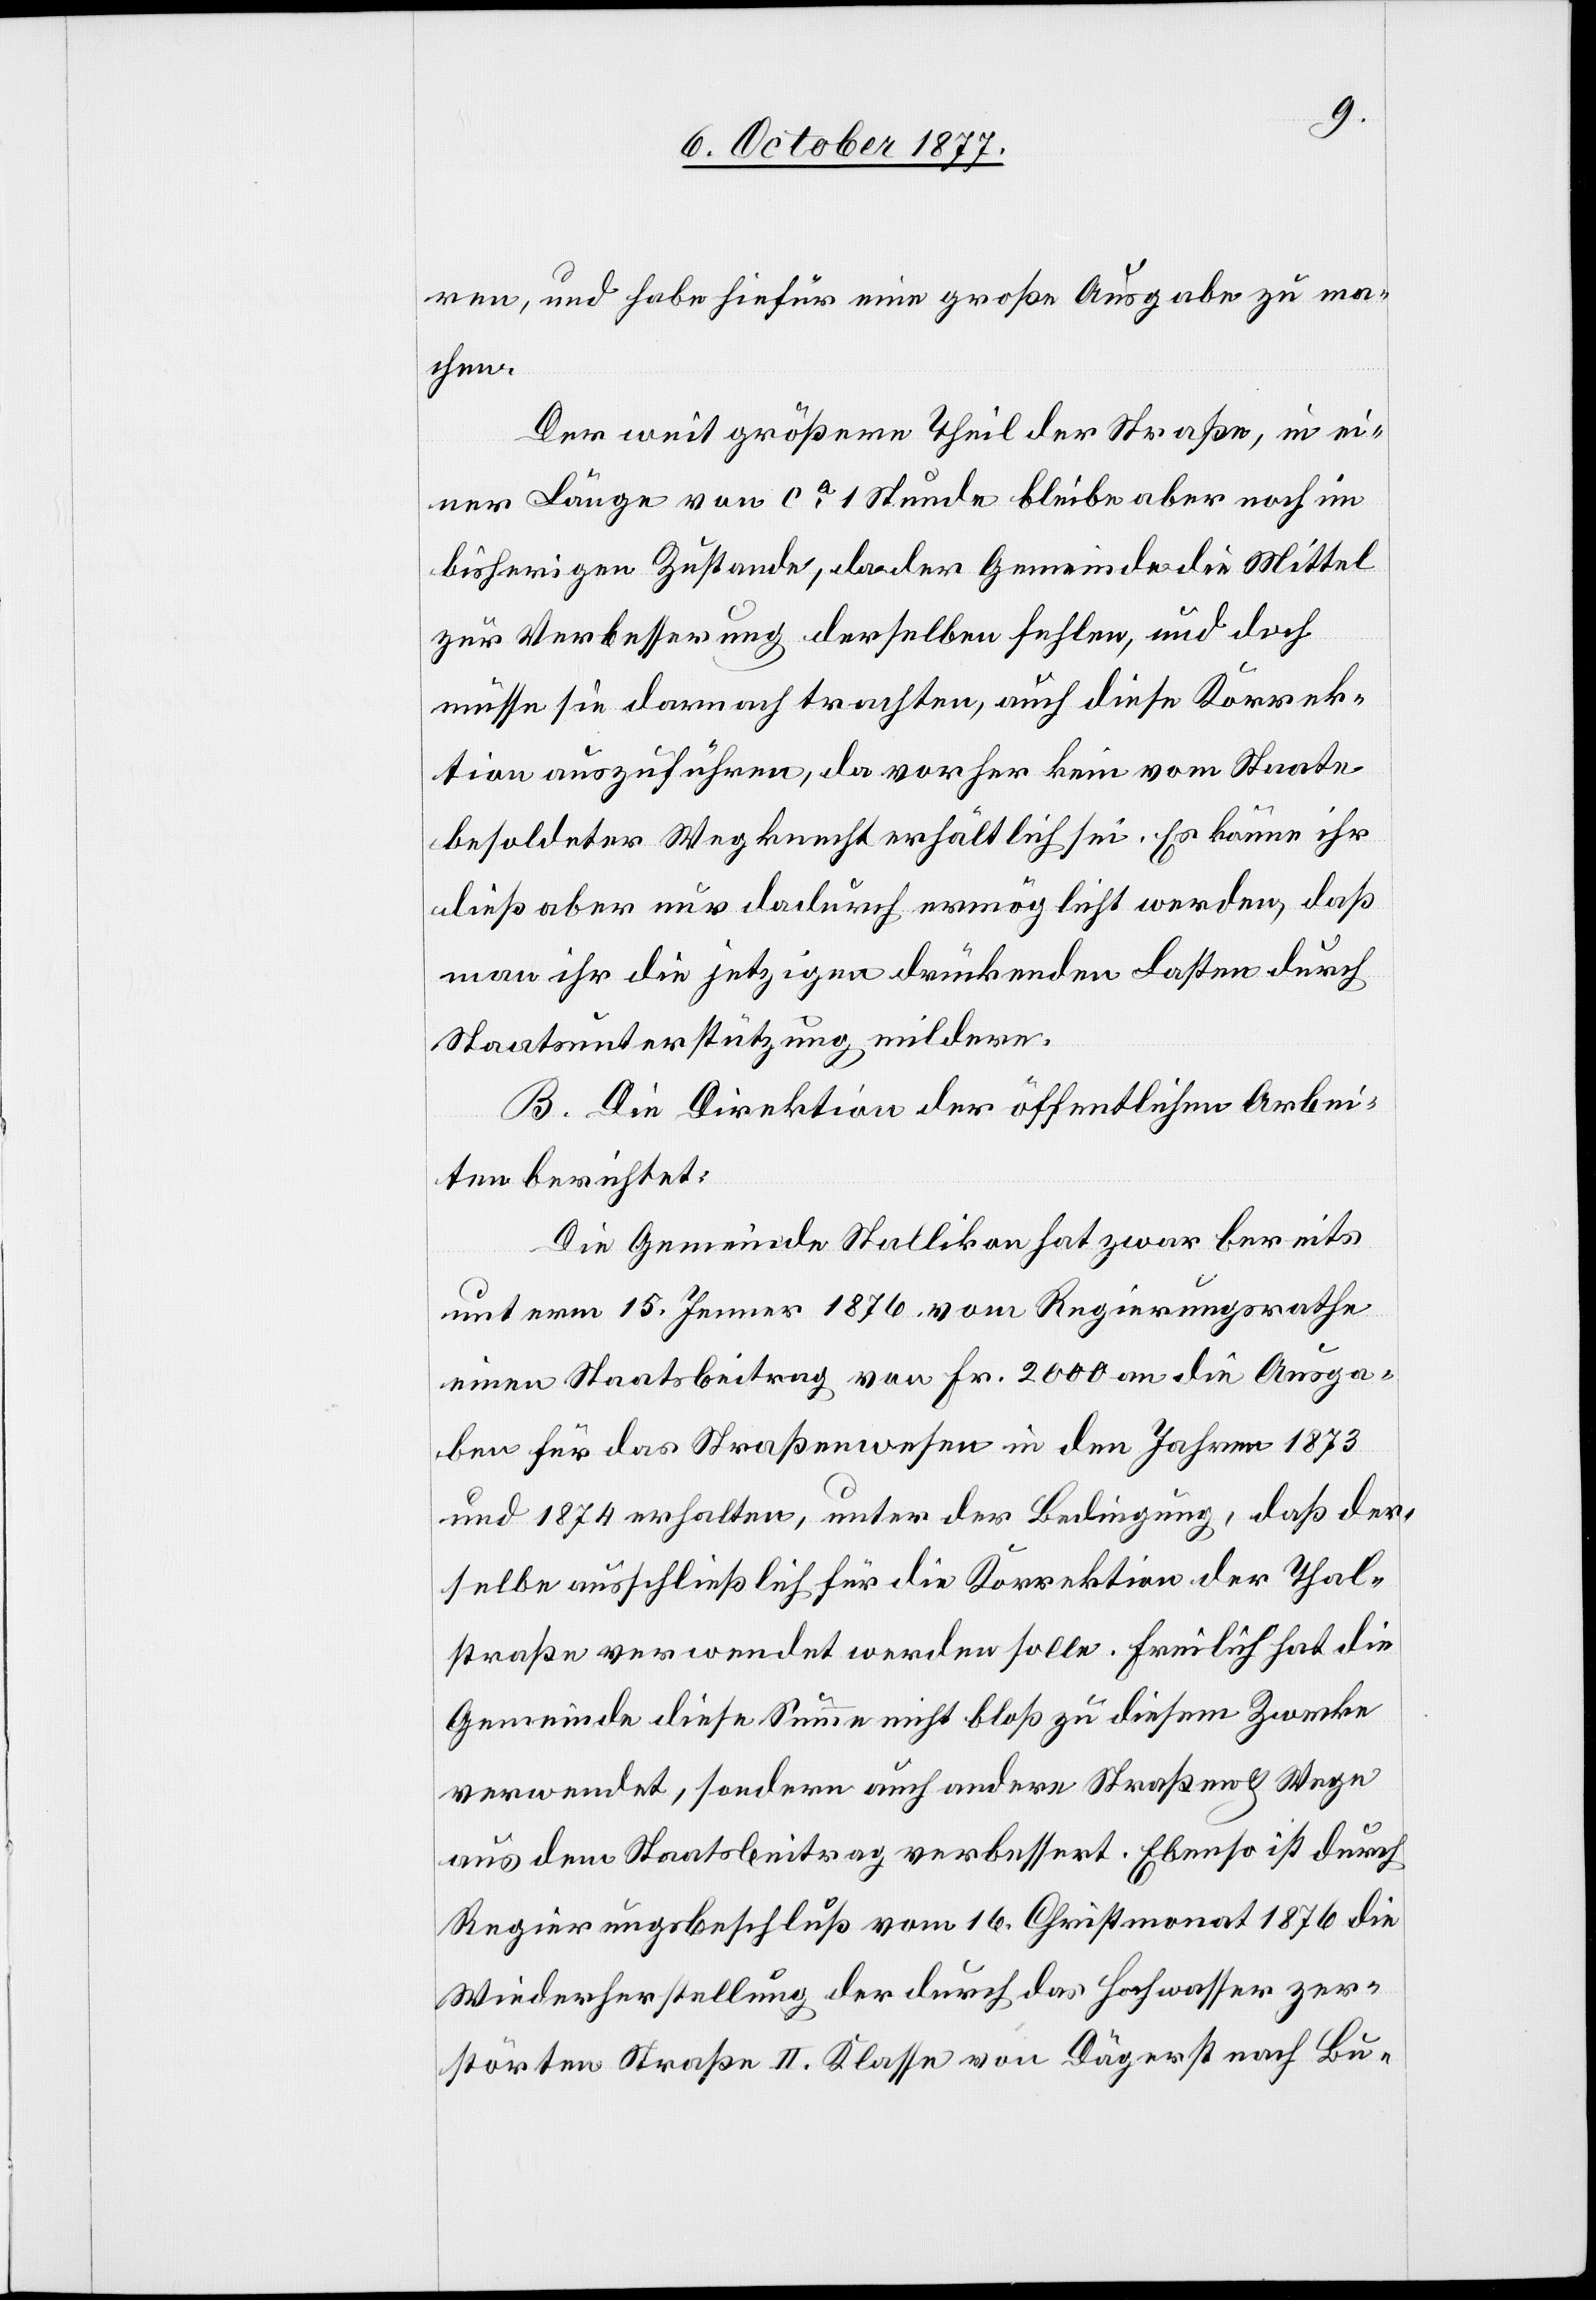
ren, und habe hiefür eine große Ausgabe zu ma¬
chen.
Der weit größere Theil der Straße, in ei¬
ner Länge von ca 1 Stunde bleibe aber noch im
bisherigen Zustande, da der Gemeinde die Mittel
zur Verbesserung derselben fehlen, und doch
müsse sie darnach trachten, auch diese Korrek¬
tion auszuführen, da vorher kein vom Staate
besoldeter Wegknecht erhältlich sei. Es könne ihr
dieß aber nur dadurch ermöglicht werden, daß
man ihr die jetzigen drückenden Lasten durch
Staatsunterstützung mildere.
B. Die Direktion der öffentlichen Arbei¬
ten berichtet:
Die Gemeinde Stallikon hat zwar bereits
unterm 15. Jenner 1876 vom Regierungsrathe
einen Staatsbeitrag von Fr. 2000 an die Ausga¬
ben für das Straßenwesen in den Jahren 1873
und 1874 erhalten, unter der Bedingung, daß der¬
selbe ausschließlich für die Korrektion der Thal¬
straße verwendet werden solle. Freilich hat die
Gemeinde diese Summe nicht bloß zu diesem Zwecke
verwendet, sondern auch andere Straßen & Wege
aus dem Staatsbeitrag verbessert. Ebenso ist durch
Regierungsbeschluß vom 16. Christmonat 1876 die
Wiederherstellung der durch das Hochwasser zer¬
störten Straße II. Klasse von Dägerst nach Bu-